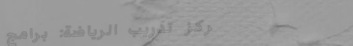
مركز تدريب الرياضة: برامج